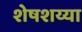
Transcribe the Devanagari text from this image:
शेषशय्या